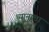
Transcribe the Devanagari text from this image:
ध्यानाला